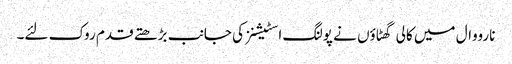
نارووال میں کالی گھٹاؤں نے پولنگ اسٹیشنز کی جانب بڑھتے قدم روک لئے۔